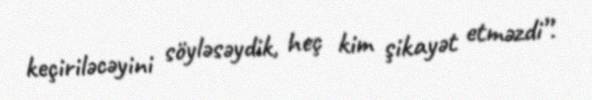
keçiriləcəyini söyləsəydik, heç kim şikayət etməzdi”.